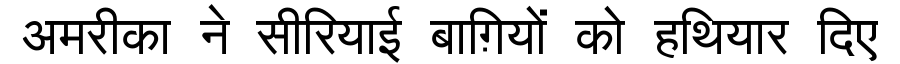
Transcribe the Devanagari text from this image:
अमरीका ने सीरियाई बाग़ियों को हथियार दिए